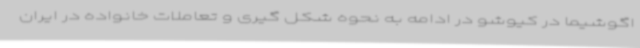
اگوشیما در کیوشو در ادامه به نحوه شکل گیری و تعاملات خانواده در ایران